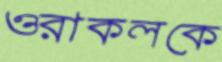
ওরাকলকে